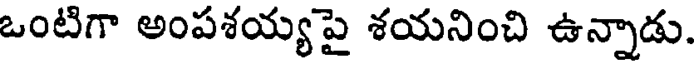
ఒంటిగా అంపశయ్య పై శయనించి ఉన్నాడు.